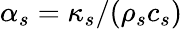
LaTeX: \alpha_{s}=\kappa_{s}/(\rho_{s}c_{s})